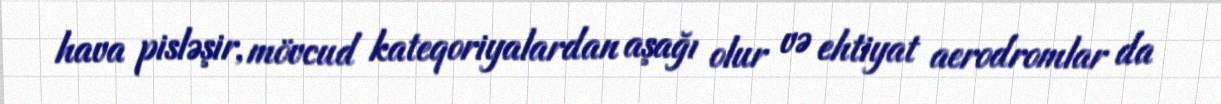
hava pisləşir, mövcud kateqoriyalardan aşağı olur və ehtiyat aerodromlar da